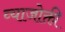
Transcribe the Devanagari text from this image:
व्याजोक्ती